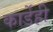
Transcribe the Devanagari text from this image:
कार्डेही